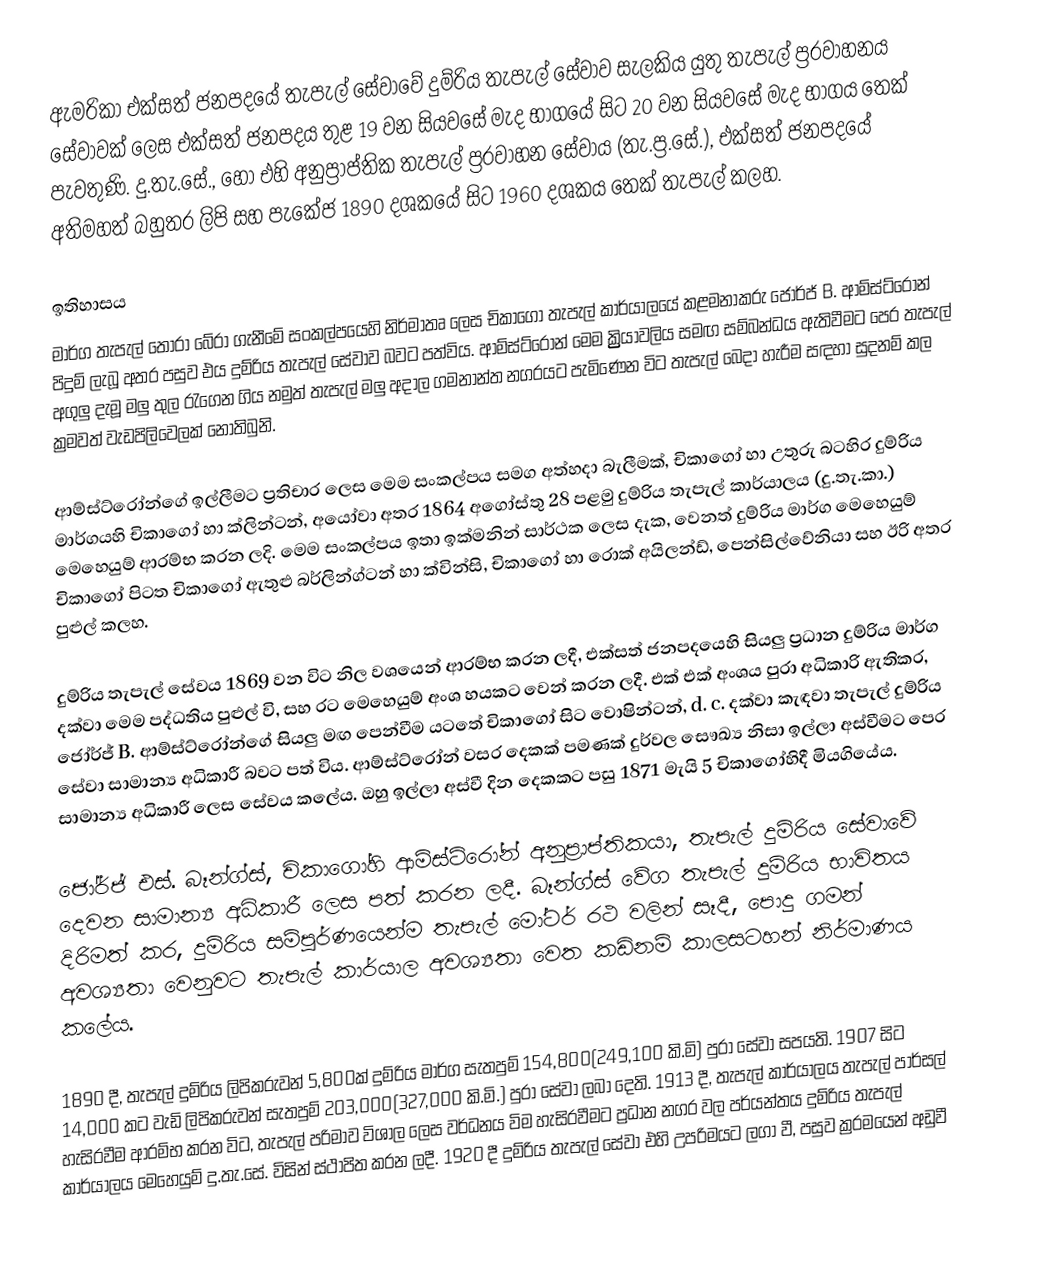
ඇමරිකා එක්සත් ජනපදයේ තැපැල් සේවාවේ දුම්රිය තැපැල් සේවාව සැලකිය යුතු තැපැල් ප්‍රරවාහනය සේවාවක් ලෙස එක්සත් ජනපදය තුළ 19 වන සියවසේ මැද භාගයේ සිට 20 වන සියවසේ මැද භාගය තෙක් පැවතුණි. දු.තැ.සේ., හෝ එහි අනුප්‍රාප්තික තැපැල් ප්‍රරවාහන සේවාය (තැ.ප්‍ර.සේ.), එක්සත් ජනපදයේ අතිමහත් බහුතර ලිපි සහ පැකේජ 1890 දශකයේ සිට 1960 දශකය තෙක් තැපැල්  කලහ.

ඉතිහාසය
මාර්ග තැපැල් තෝරා බේරා ගැනීමේ සංකල්පයෙහි නිර්මාතෘ ලෙස චිකාගෝ තැපැල් කාර්යාලයේ කළමනාකරු  ජෝර්ජ් B. ආම්ස්ට්රෝන් පිදුම් ලැබූ අතර පසුව එය දුම්රිය තැපැල් සේවාව බවට පත්විය. ආම්ස්ට්රෝන් මෙම ක්‍ර්‍ර්‍රියාවලිය සමඟ  සම්බන්ධය ඇතිවීමට පෙර තැපැල් අගුලු දැමූ මලු තුල රැගෙන ගිය නමුත් තැපැල් මලු අදාල ගමනාන්ත නගරයට පැමිණෙන විට තැපැල් බෙදා හැරීම සඳහා සුදනම් කල ක්‍රමවත් වැඩපිලිවෙලක් නොතිබුනි.

ආම්ස්ට්රෝන්ගේ ඉල්ලීමට ප්‍රතිචාර ලෙස මෙම සංකල්පය සමග අත්හදා බැලීමක්, චිකාගෝ හා උතුරු බටහිර දුම්රිය මාර්ගයහි  චිකාගෝ හා ක්ලින්ටන්, අයෝවා අතර 1864 අගෝස්තු 28 පළමු දුම්රිය තැපැල් කාර්යාලය (දු.තැ.කා.) මෙහෙයුම් ආරම්භ කරන ලදි. මෙම සංකල්පය ඉතා ඉක්මනින් සාර්ථක ලෙස දැක,  වෙනත් දුම්රිය මාර්ග මෙහෙයුම්  චිකාගෝ පිටත  චිකාගෝ ඇතුළු බර්ලින්ග්ටන් හා ක්වින්සි, චිකාගෝ හා රොක් අයිලන්ඩ්, පෙන්සිල්වේනියා සහ ඊරි අතර පුළුල් කලහ.

දුම්රිය තැපැල් සේවය 1869 වන විට  නිල වශයෙන් ආරම්භ කරන ලදී, එක්සත් ජනපදයෙහි සියලු ප්‍රධාන දුම්රිය මාර්ග දක්වා මෙම පද්ධතිය පුළුල් වි, සහ රට මෙහෙයුම් අංශ හයකට වෙන් කරන ලදී. එක් එක් අංශය පුරා අධිකාරි ඇතිකර, ජෝර්ජ් B. ආම්ස්ට්රෝන්ගේ සියලු මඟ පෙන්වීම යටතේ චිකාගෝ සිට වොෂින්ටන්, d. c. දක්වා කැඳවා තැපැල් දුම්රිය සේවා සාමාන්‍ය අධිකාරී බවට පත් විය. ආම්ස්ට්රෝන්  වසර දෙකක් පමණක් දුර්වල සෞඛ්‍ය නිසා ඉල්ලා අස්වීමට පෙර සාමාන්‍ය අධිකාරී ලෙස සේවය කලේය. ඔහු ඉල්ලා අස්වී දින දෙකකට පසු  1871  මැයි 5 චිකාගෝහිදී මියගියේය.

ජෝර්ජ් එස්. බෑන්ග්ස්, චිකාගෝහි ආම්ස්ට්රෝන් අනුප්‍රාප්තිකයා, තැපැල් දුම්රිය සේවාවේ දෙවන සාමාන්‍ය අධිකාරී ලෙස පත් කරන ලදී. බෑන්ග්ස් වේග තැපැල් දුම්රිය භාවිතය දිරිමත් කර, දුම්රිය සම්පූර්ණයෙන්ම තැපැල් මෝටර් රථ වලින් සෑදී,  පොදු ගමන් අවශ්‍යතා වෙනුවට තැපැල් කාර්යාල අවශ්‍යතා වෙත කඩිනම් කාලසටහන් නිර්මාණය කලේය.

1890 දී, තැපැල් දුම්රිය ලිපිකරුවන්  5,800ක් දුම්රිය මාර්ග සැතපුම්  154,800(249,100 කි.මි) පුරා  සේවා සපයති. 1907 සිට 14,000 කට වැඩි ලිපිකරුවන් සැතපුම් 203,000(327,000 කි.මි.) පුරා සේවා ලබා දෙති. 1913 දී, තැපැල් කාර්යාලය තැපැල් පාර්සල් හැසිරවීම ආරම්භ කරන විට, තැපැල් පරිමාව විශාල ලෙස වර්ධනය විම හැසිරවීමට ප්‍රධාන නගර වල පර්යන්තය දුම්රිය තැපැල් කාර්යාලය මෙහෙයුම් දු.තැ.සේ. විසින් ස්ථාපිත කරන ලදී. 1920 දී දුම්රිය තැපැල් සේවා එහි උපරිමයට ලගා වී, පසුව ක්‍රරමයෙන් අඩුවී